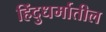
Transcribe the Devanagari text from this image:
हिंदुधर्मातील